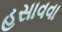
હસાવવા